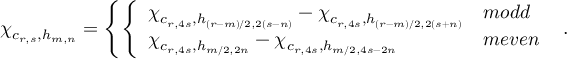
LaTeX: \chi _ { c _ { r , s } , h _ { m , n } } = \left\{ \left\{ \begin{array} { l l } { { \chi _ { c _ { r , 4 s } , h _ { ( r - m ) / 2 , 2 ( s - n ) } } - \chi _ { c _ { r , 4 s } , h _ { ( r - m ) / 2 , 2 ( s + n ) } } } } & { { m o d d } } \\ { { \chi _ { c _ { r , 4 s } , h _ { m / 2 , 2 n } } - \chi _ { c _ { r , 4 s } , h _ { m / 2 , 4 s - 2 n } } } } & { { m e v e n } } \end{array} \right. \right. \ .